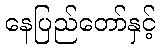
နေပြည်တော်နှင့်